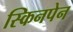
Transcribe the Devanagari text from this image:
स्किनपेन